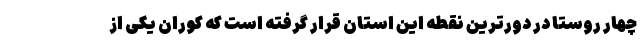
چهار روستا در دورترین نقطه این استان قرار گرفته است که کوران یکی از